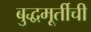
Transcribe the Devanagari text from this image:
बुद्धमूर्तीची